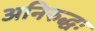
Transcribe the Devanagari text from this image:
अनिरुद्धः